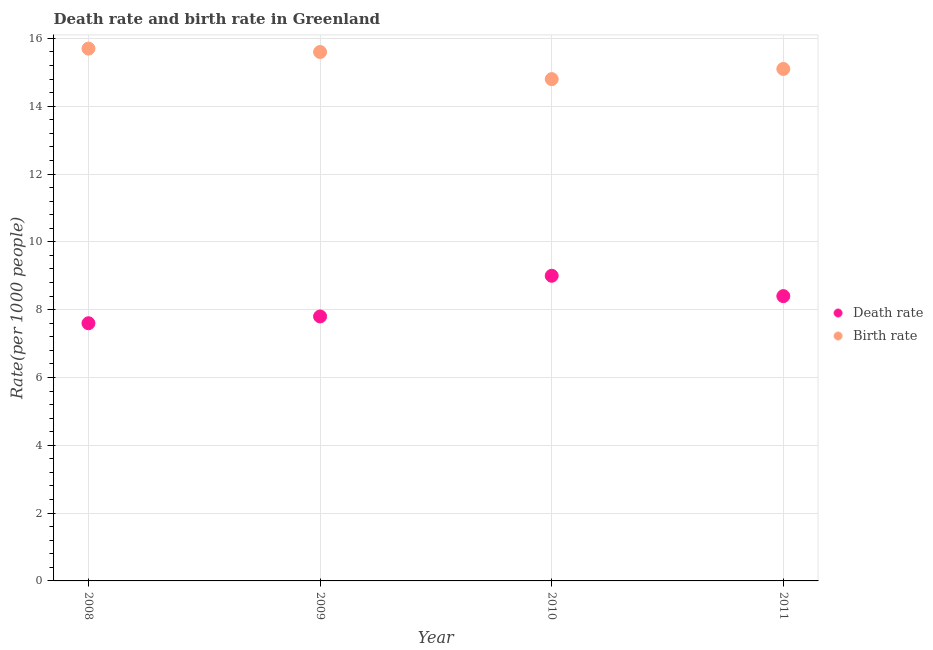
| Year | Death rate | Birth rate |
 | --- | --- | --- |
 | 2008 | 7.6 | 15.7 |
 | 2009 | 7.8 | 15.6 |
 | 2010 | 9 | 14.8 |
 | 2011 | 8.4 | 15.1 |